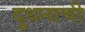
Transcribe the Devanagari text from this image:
दुधनाची